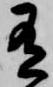
有